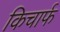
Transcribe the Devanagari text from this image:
किचार्फ